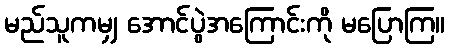
မည်သူကမျှ အောင်ပွဲအကြောင်းကို မပြောကြ။